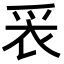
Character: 𬋧